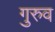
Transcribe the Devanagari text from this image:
गुरुव